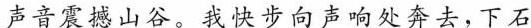
声音震撼山谷。我快步向声响处奔去，下石